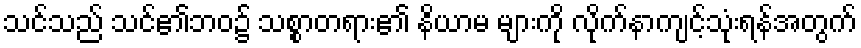
သင်သည် သင်၏ဘဝ၌ သစ္စာတရား၏ နိယာမ များကို လိုက်နာကျင့်သုံးရန်အတွက်